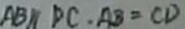
A B / / D C . A B = C D